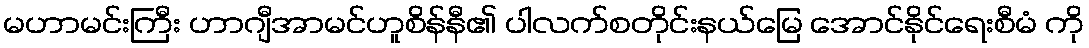
မဟာမင်းကြီး ဟာဂျီအာမင်ဟူစိန်နီ၏ ပါလက်စတိုင်းနယ်မြေ အောင်နိုင်ရေးစီမံ ကို